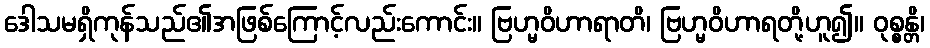
ဒေါသမရှိကုန်သည်၏အဖြစ်ကြောင့်လည်းကောင်း။ ဗြဟ္မဝိဟာရာတိ၊ ဗြဟ္မဝိဟာရတို့ဟူ၍။ ဝုစ္စန္တိ၊